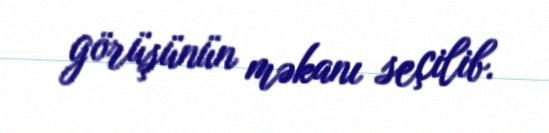
görüşünün məkanı seçilib.